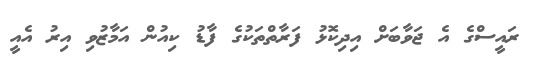
ރައީސްގެ އެ ޖަވާބަށް އިދިކޮޅު ފަރާތްތަކުގެ ފާޑު ކިއުން އަމާޒުވި އިރު އެއީ